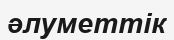
әлуметтік